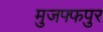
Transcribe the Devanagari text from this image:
मुजफ्फपुर